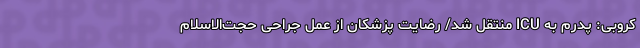
کروبی: پدرم به ICU منتقل شد/ رضایت پزشکان از عمل جراحی حجت‌الاسلام